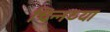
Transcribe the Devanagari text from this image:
चिन्नय्या